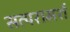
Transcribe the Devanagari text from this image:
सत्परामर्श